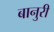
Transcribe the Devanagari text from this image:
बानुरी